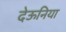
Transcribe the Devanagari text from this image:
देऊनिया